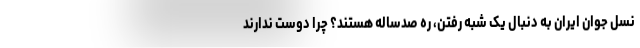
نسل جوان ایران به دنبال یک شبه رفتن، ره صدساله هستند؟ چرا دوست ندارند